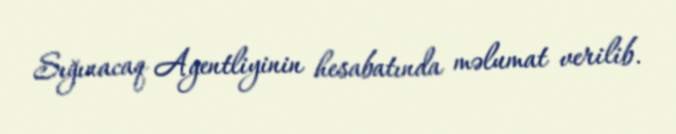
Sığınacaq Agentliyinin hesabatında məlumat verilib.